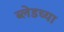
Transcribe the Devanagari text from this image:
ब्लेडच्या